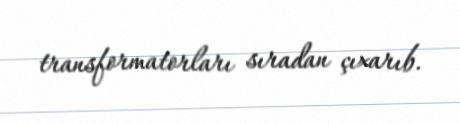
transformatorları sıradan çıxarıb.